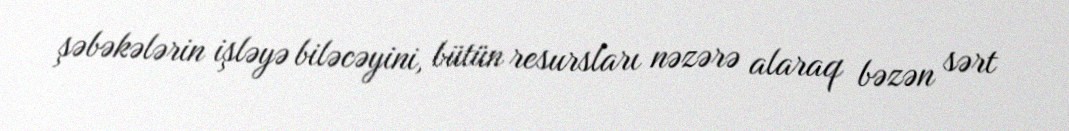
şəbəkələrin işləyə biləcəyini, bütün resursları nəzərə alaraq bəzən sərt